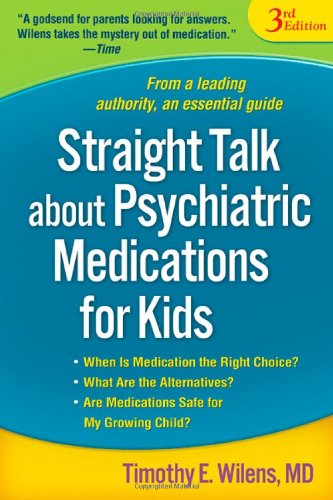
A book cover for Straight Talk about Psychiatric Medications for Kids, Third Edition; Timothy E. Wilens MD; Health, Fitness & Dieting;